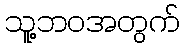
သူ့ဘဝအတွက်